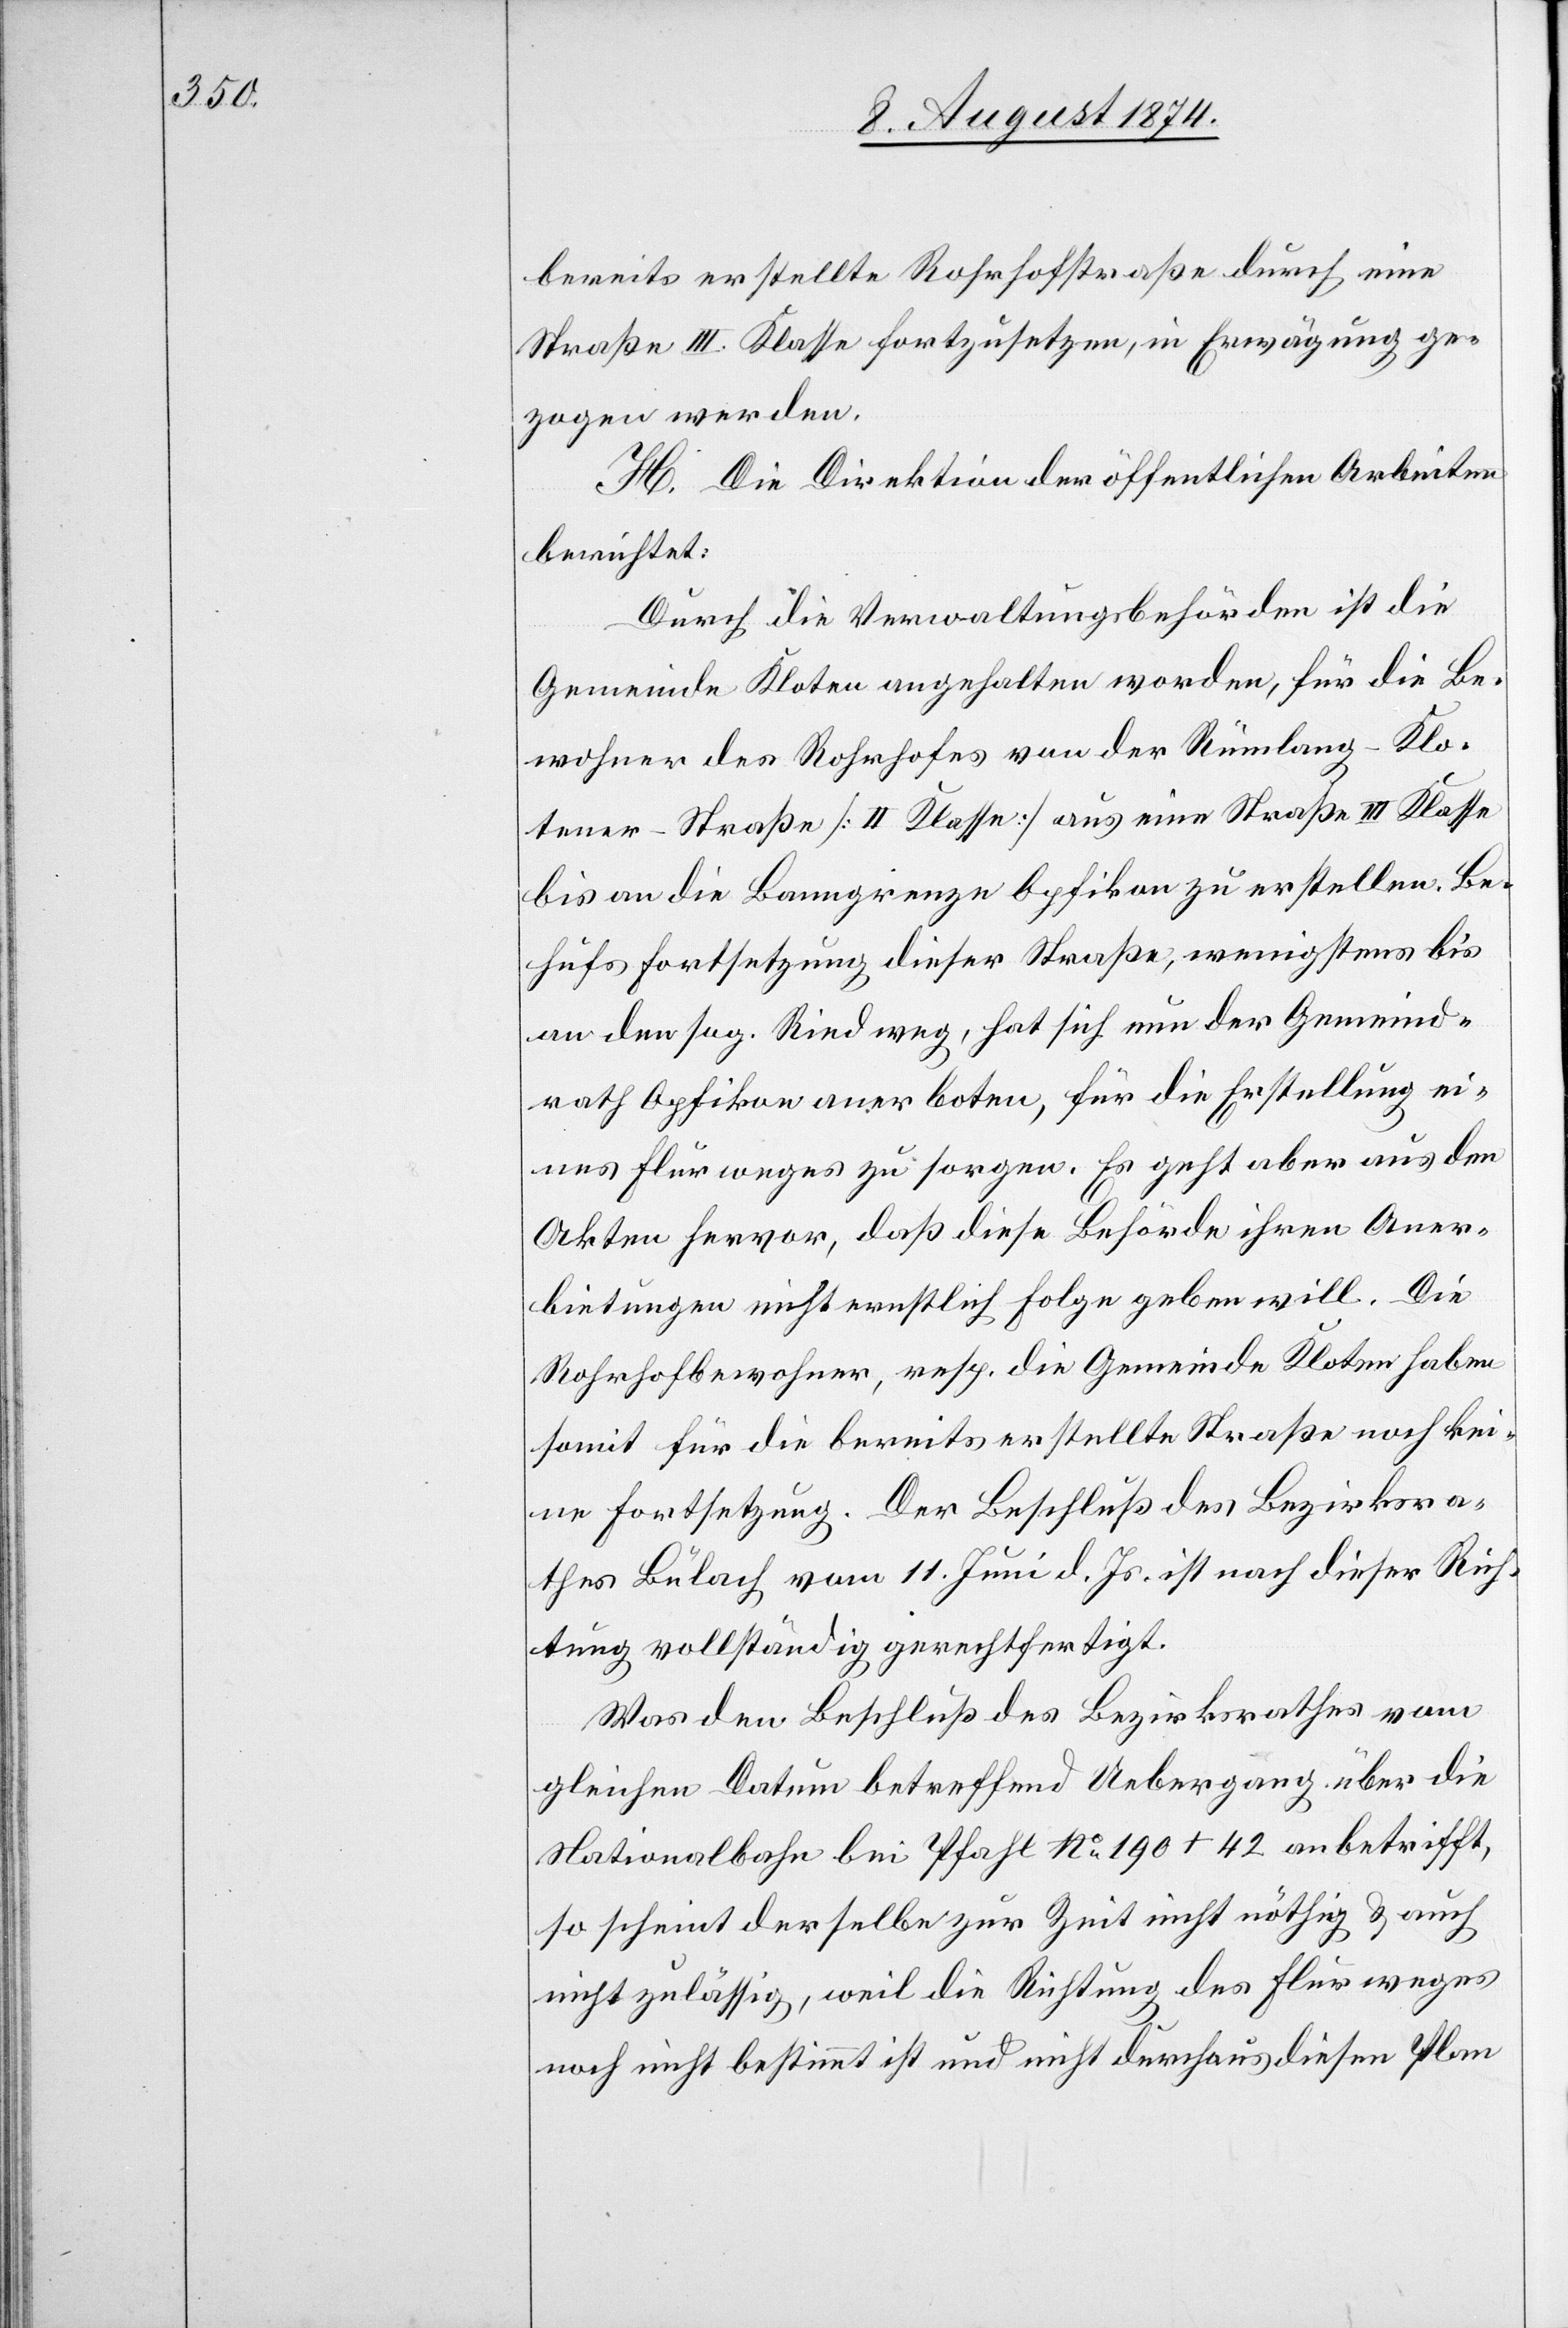
bereits erstellte Rohrhofstraße durch eine
Straße III. Klasse fortzusetzen, in Erwägung ge¬
zogen werden.
H. Die Direktion der öffentlichen Arbeiten
berichtet:
Durch die Verwaltungsbehörden ist die
Gemeinde Kloten angehalten worden, für die Be¬
wohner des Rohrhofes von der Rümlang–Klo¬
tener-Straße [II. Klasse] aus eine Straße III. Klasse
bis an die Banngrenze Opfikon zu erstellen. Be¬
hufs Fortsetzung dieser Straße, wenigstens bis
an den sog. Rindweg, hat sich nun der Gemeind¬
rath Opfikon anerboten, für die Erstellung ei¬
nes Flurweges zu sorgen. Es geht aber aus den
Akten hervor, daß diese Behörde ihren Aner¬
bietungen nicht ernstlich Folge geben will. Die
Rohrhofbewohner, resp. die Gemeinde Kloten haben
somit für die bereits erstellte Straße noch kei¬
ne Fortsetzung. Der Beschluß des Bezirksra¬
thes Bülach vom 11. Juni d. Js. ist nach dieser Rich¬
tung vollständig gerechtfertigt.
Was den Beschluß des Bezirksrathes vom
gleichen Datum betreffend Uebergang über die
Nationalbahn bei Pfahl No 190 + 42 anbetrifft,
so scheint derselbe zur Zeit nicht nöthig u. auch
nicht zulässig, weil die Richtung des Flurweges
noch nicht bestimmt ist und nicht durchaus diesen Plan